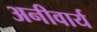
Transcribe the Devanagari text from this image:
अनीवार्य